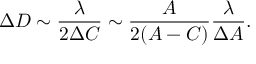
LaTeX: \Delta D \sim \frac { \lambda } { 2 \Delta C } \sim \frac { A } { 2 ( A - C ) } \frac { \lambda } { \Delta A } .